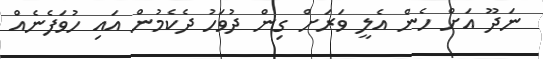
ނަދޫ އަށް ހެން އެލީ ވަރަށް ގިން ދުވަހު ދެކެމުން އައި ހުވަފެނެއް